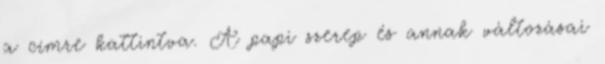
a címre kattintva. A papi szerep és annak változásai